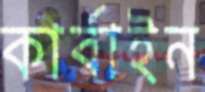
কার্বাইন